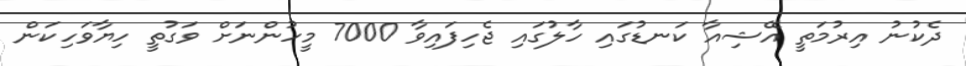
ދެކުނު އިރުމަތީ އޭޝިއާ ކަނޑުގައި ހާލުގައި ޖެހިފައިވާ 7000 މީހުންނަށް ވަގުތީ ހިޔާވަހިކަން